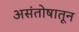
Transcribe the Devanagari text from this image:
असंतोषातून